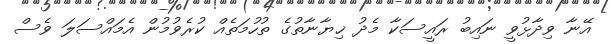
އޭނާ ވިދާޅުވީ ނައިބު ރައީސަކާ މެދު ޚިޔާނާތުގެ ތުހުމަތެއް ކުރެވުމުން އެމައްސަލަ ވެސް